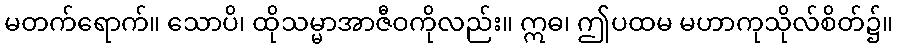
မတက်ရောက်။ သောပိ၊ ထိုသမ္မာအာဇီဝကိုလည်း။ ဣဓ၊ ဤပထမ မဟာကုသိုလ်စိတ်၌။